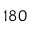
1 8 0